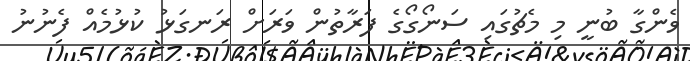
ވެންގާ ބުނީ މި މެޗުގައި ސަނޯގޯގެ ފަރާތުން ވަރަށް ރަނގަޅު ކުޅުމެއް ފެނުނު